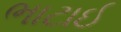
ભાટાઈ